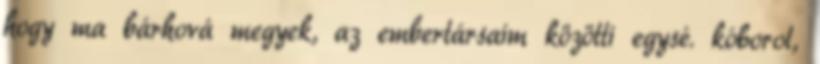
hogy ma bárhová megyek, az embertársaim közötti egysé. kóborol,